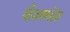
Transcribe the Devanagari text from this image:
वेज़क्वेज़